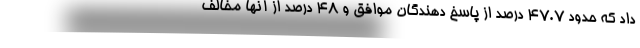
داد که حدود 47.7 درصد از پاسخ دهندگان موافق و 48 درصد از آنها مخالف